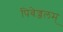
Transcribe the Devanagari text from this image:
पिबेज्जलम्